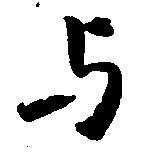
与